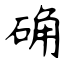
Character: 确